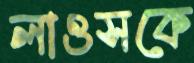
লাওসকে